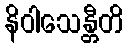
နိဝါသေန္တီတိ